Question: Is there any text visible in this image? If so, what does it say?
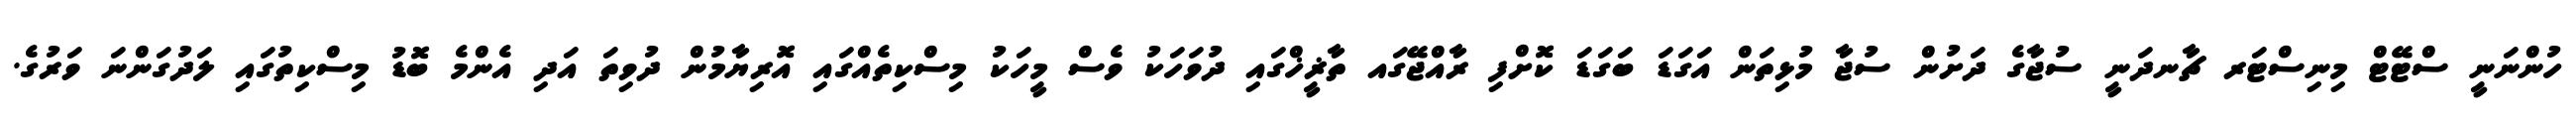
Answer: ހުންނަނީ ސްޓޭޓް މިނިސްޓަރ ޗާނދަނީ ސުޖާގެ ދަށުން ސުޖާ މުޅިތަން އަގަޑަ ބަގަޑަ ކޮށްފި ރާއްޖޭގައ ތާޜީޚްގައި ދުވަހަކު ވެސް މީހަކު މިސްކިތެއްގައި އޮރިޔާމުން ދުވިތަ އަދި އެންމެ ބޮޑު މިސްކިތުގައި ލަދުގަންނަ ވަރުގެ.